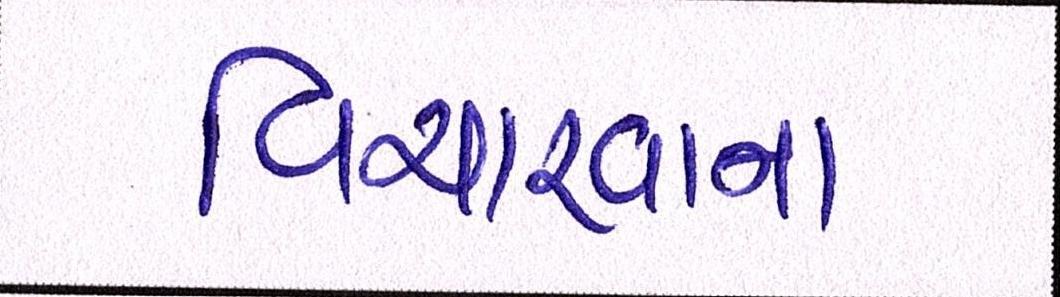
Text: વિચારવાના